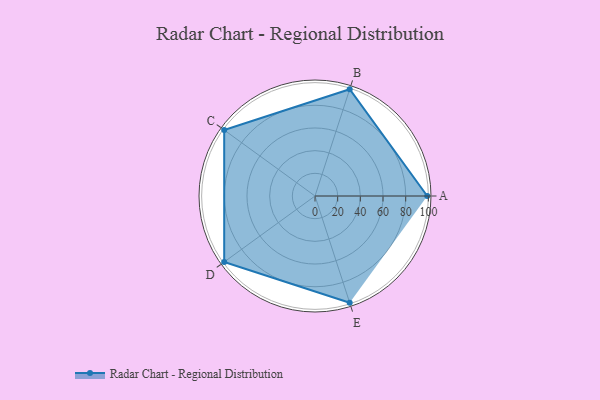
{"axis": {"x": "Skill", "y": "Score"}, "legend": ["Profile"], "data": [{"x": "A", "y": 99, "type": "Profile"}, {"x": "B", "y": 99, "type": "Profile"}, {"x": "C", "y": 99, "type": "Profile"}, {"x": "D", "y": 99, "type": "Profile"}, {"x": "E", "y": 99, "type": "Profile"}]}